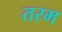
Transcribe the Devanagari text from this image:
तरम